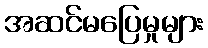
အဆင်မပြေမှုများ